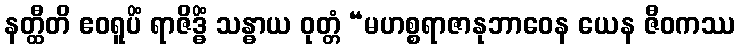
နတ္ထီတိ ဧဝရူပိံ ရာဇိဒ္ဓိံ သန္ဓာယ ဝုတ္တံ “မဟစ္စရာဇာနုဘာဝေန ယေန ဇီဝကဿ